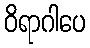
ဝိရာဂါပေ